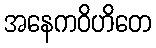
အနေကဝိဟိတေ